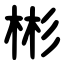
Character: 彬